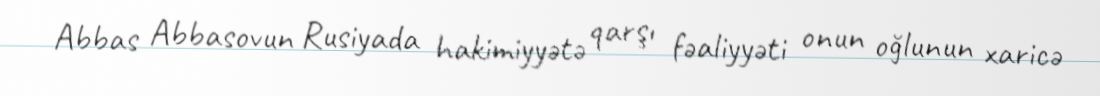
Abbas Abbasovun Rusiyada hakimiyyətə qarşı fəaliyyəti onun oğlunun xaricə